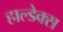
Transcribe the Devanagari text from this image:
हाल्डेक्स